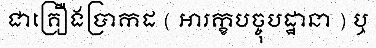
ជាគ្រឿងប្រាកដ ( អារក្ខបច្ចុបដ្ឋានា ) ឬ